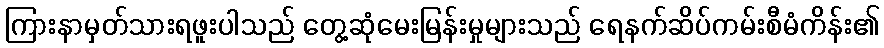
ကြားနာမှတ်သားရဖူးပါသည် တွေ့ဆုံမေးမြန်းမှုများသည် ရေနက်ဆိပ်ကမ်းစီမံကိန်း၏